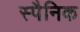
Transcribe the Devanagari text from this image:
स्पैनिक